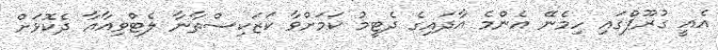
އެއީ ގުރޫޕްގައި ހިމެނޭ އެންމެ އާދައިގެ ދެޓީމު ކަމަށްވާ ކަޒަކިސްތާނާ ލެޓްވިއާއާ ދެކޮޅަށް